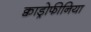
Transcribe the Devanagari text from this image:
क्वाड्रोफीनिया